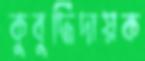
কুবুদ্ধিদায়ক